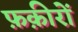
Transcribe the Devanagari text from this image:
फ़क़ीरों